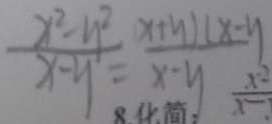
\frac { x ^ { 2 } - y ^ { 2 } } { x - y } = \frac { x + y ) ( x - y } { x - y }